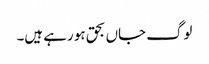
لوگ جاں بحق ہو رہے ہیں۔